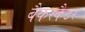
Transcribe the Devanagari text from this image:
बैकस्कैटर